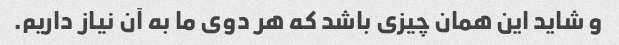
و شاید این همان چیزی باشد که هر دوی ما به آن نیاز داریم.